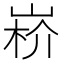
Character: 𡸻